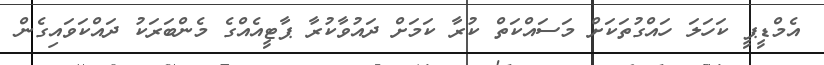
އެމްޑީޕީ ކަހަލަ ހައްގުތަކަށް މަސައްކަތް ކުރާ ކަމަށް ދައުވާކުރާ ޕާޓީއެއްގެ މެންބަރަކު ދައްކަވައިގެން